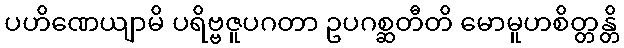
ပဟိဏေယျာမိ ပရိဗ္ဗဇူပဂတာ ဥပဂစ္ဆတီတိ မောမူဟစိတ္တန္တိ